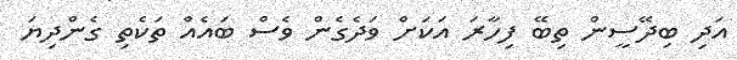
އަދި ބިދޭސީން ތިބޭ ފިހާރަ އަކަށް ވަދެގެން ވެސް ބައެއް ތަކެތި ގެންދިޔަ